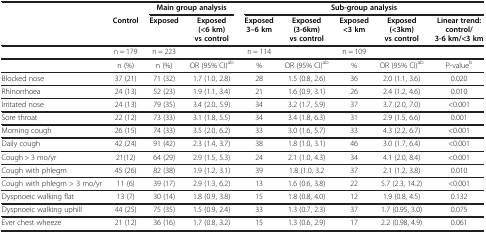
<table><thead><tr><td><b> </b></td><td><b> </b></td><td colspan="2"><b>Main group analysis</b></td><td colspan="5"><b>Sub-group analysis</b></td></tr><tr><td><b> </b></td><td><b>Control</b></td><td><b>Exposed</b></td><td><b>Exposed (&lt;6 km) vs control</b></td><td><b>Exposed 3–6 km</b></td><td><b>Exposed (3-6km) vs control</b></td><td><b>Exposed &lt;3 km</b></td><td><b>Exposed (&lt;3km) vs control</b></td><td><b>Linear trend:control/3-6 km/&lt;3 km</b></td></tr></thead><tbody><tr><td> </td><td>n = 179</td><td>n = 223</td><td> </td><td>n = 114</td><td> </td><td>n = 109</td><td> </td><td> </td></tr><tr><td> </td><td>n (%)</td><td>n (%)</td><td>OR (95% CI)<sup>ab</sup></td><td>%</td><td>OR (95% CI)<sup>ab</sup></td><td>%</td><td>OR (95% CI)<sup>ab</sup></td><td>P-value<sup>b</sup></td></tr><tr><td>Blocked nose</td><td>37 (21)</td><td>71 (32)</td><td>1.7 (1.0, 2.8)</td><td>28</td><td>1.5 (0.8, 2.6)</td><td>36</td><td>2.0 (1.1, 3.6)</td><td>0.020</td></tr><tr><td>Rhinorrhoea</td><td>24 (13)</td><td>52 (23)</td><td>1.9 (1.1, 3.4)</td><td>21</td><td>1.6 (0.9, 3.1)</td><td>26</td><td>2.4 (1.2, 4.6)</td><td>0.010</td></tr><tr><td>Irritated nose</td><td>24 (13)</td><td>79 (35)</td><td>3.4 (2.0, 5.9)</td><td>34</td><td>3.2 (1.7, 5.9)</td><td>37</td><td>3.7 (2.0, 7.0)</td><td>&lt;0.001</td></tr><tr><td>Sore throat</td><td>22 (12)</td><td>73 (33)</td><td>3.1 (1.8, 5.5)</td><td>34</td><td>3.4 (1.8, 6.3)</td><td>31</td><td>2.9 (1.5, 6.6)</td><td>0.001</td></tr><tr><td>Morning cough</td><td>26 (15)</td><td>74 (33)</td><td>3.5 (2.0, 6.2)</td><td>33</td><td>3.0 (1.6, 5.7)</td><td>33</td><td>4.3 (2.2, 6.7)</td><td>&lt;0.001</td></tr><tr><td>Daily cough</td><td>42 (24)</td><td>91 (42)</td><td>2.3 (1.4, 3.7)</td><td>38</td><td>1.8 (1.0, 3.1)</td><td>46</td><td>3.0 (1.7, 6.4)</td><td>&lt;0.001</td></tr><tr><td>Cough &gt; 3 mo/yr</td><td>21(12)</td><td>64 (29)</td><td>2.9 (1.5, 5.3)</td><td>24</td><td>2.1 (1.0, 4.3)</td><td>34</td><td>4.1 (2.0, 8.4)</td><td>&lt;0.001</td></tr><tr><td>Cough with phlegm</td><td>45 (26)</td><td>82 (38)</td><td>1.9 (1.2, 3.1)</td><td>39</td><td>1.8 (1.0, 3.2</td><td>37</td><td>2.1 (1.2, 3.8)</td><td>0.010</td></tr><tr><td>Cough with phlegm &gt; 3 mo/yr</td><td>11 (6)</td><td>39 (17)</td><td>2.9 (1.3, 6.2)</td><td>13</td><td>1.6 (0.6, 3.8)</td><td>22</td><td>5.7 (2.3, 14.2)</td><td>&lt;0.001</td></tr><tr><td>Dyspnoeic walking flat</td><td>13 (7)</td><td>30 (14)</td><td>1.8 (0.9, 3.8)</td><td>15</td><td>1.8 (0.8, 4.0)</td><td>12</td><td>1.9 (0.8, 4.5)</td><td>0.132</td></tr><tr><td>Dyspnoeic walking uphill</td><td>44 (25)</td><td>75 (35)</td><td>1.5 (0.9, 2.4)</td><td>33</td><td>1.3 (0.7, 2.3)</td><td>37</td><td>1.7 (0.95, 3.0)</td><td>0.075</td></tr><tr><td>Ever chest wheeze</td><td>21 (12)</td><td>36 (16)</td><td>1.7 (0.8, 3.2)</td><td>15</td><td>1.3 (0.6, 2.9)</td><td>17</td><td>2.2 (0.98, 4.9)</td><td>0.061</td></tr></tbody></table>